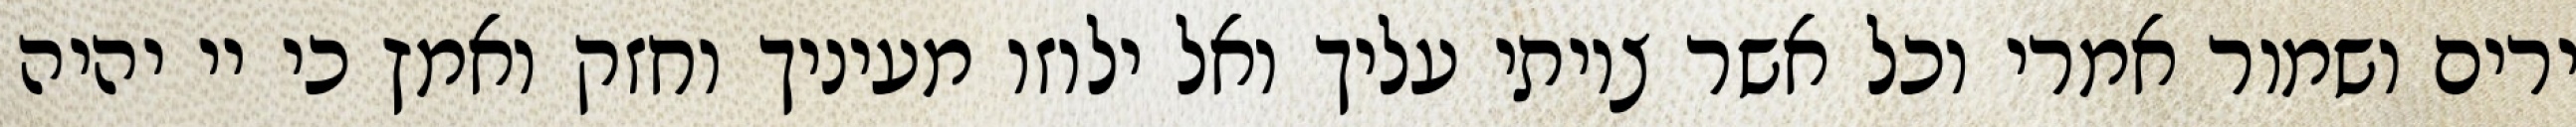
ירים ושמור אמרי וכל אשר צויתי עליך ואל ילוזו מעיניך וחזק ואמץ כי יי יהיה